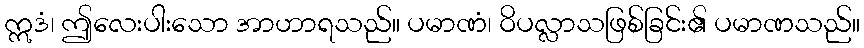
ဣဒံ၊ ဤလေးပါးသော အာဟာရသည်။ ပမာဏံ၊ ဝိပလ္လာသဖြစ်ခြင်း၏ ပမာဏသည်။